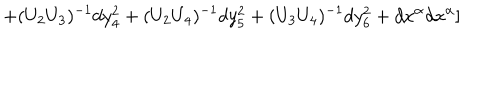
LaTeX: + ( U _ { 2 } U _ { 3 } ) ^ { - 1 } d y _ { 4 } ^ { 2 } + ( U _ { 2 } U _ { 4 } ) ^ { - 1 } d y _ { 5 } ^ { 2 } + ( U _ { 3 } U _ { 4 } ) ^ { - 1 } d y _ { 6 } ^ { 2 } + d x ^ { \alpha } d x ^ { \alpha } ]